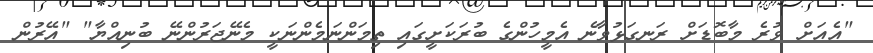
"އެއަށް ވުރެ މާބޮޑަށް ރަނގަޅުވާނެ އެމީހުންގެ ބުރަކަށީގައި ތިމަންނަމެންނަކީ މެނޭޖަރުންނޭ ބުނިއްޔާ" "އޭރުން